Report of the Hyderabad Chloroform Commission
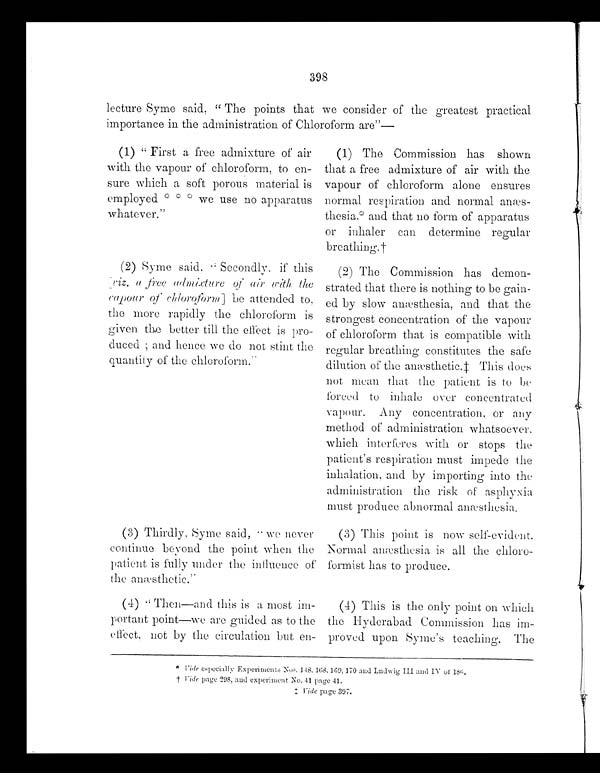
398
lecture Syme said, " The points that we consider of the greatest practical
importance in the administration of Chloroform are"__
(1) " First a free admixture of air
with the vapour of chloroform, to en-
sure which a soft porous material is
employed ***` we use no apparatus
whatever."
(1) The Commission has shown
that a free admixture of air with the
vapour of chloroform alone ensures
normal respiration and normal anæs-
thesia.*and that no form of apparatus
or inhaler can determine regular
breathing.†
(2) Syme said. Secondly. if this
[ r i z . a f r e e
a d m i x t u r e o f a i r w i t h t h e c a p o u r o fc
h l o r o f o r m ]
b e a t t e n d e d t o ,
the more rapidly the chloroform is
given the better till the effect is pro-
duced ; and hence we do not stint the
quantity of the chloroform.
(2) The Commission has demon-
strated that there is nothing to be gain-
ed by slow anæsthesia, and that the
strongest concentration of the vapour
of chloroform that is compatible with
regular breathing constitutes the safe
dilution of the anæsthetic. ‡ This does
not mean that the patient is to be
forced to inhale over concentrated
vapour. Any concentration, or any
method of administration whatsoever.
which interferes with or stops the
patient's respiration must impede the
inhalation, and by importing into the
administration the risk of asphyxia
must produce abnormal anæsthesia.
(3) Thirdly, Syme said, "we never
continue beyond the point when the
patient is fully under the influence of
the anæsthetic."
(3) This point is now self-evident.
Normal anæsthesia is all the chloro-
formist has to produce.
(4) " Then—and this is a most im
portent point—we are guided as to the
effect, not by the circulation but en-
(4) This is the only point on which
the Hyderabad Commission has im-
proved upon Syme's teaching. The
* vi dee s pe c i a l l y Expe r i me nt s Nos . 148, 168, 169, 170 a nd Lndwi g I I I a nd I V of 180.
† Vide page 298, and experiment No.41 page 41.